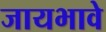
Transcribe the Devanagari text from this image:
जायभावे